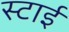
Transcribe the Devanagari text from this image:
स्टाई